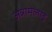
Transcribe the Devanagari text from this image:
अन्नामलाइ